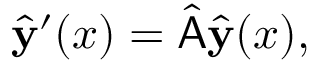
\hat { \mathbf { y } } ^ { \prime } ( x ) = \hat { \mathsf { A } } \hat { \mathbf { y } } ( x ) ,